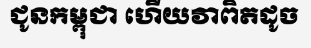
ជូនកម្ពុជា ហើយវាពិតដូច